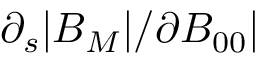
\partial _ { s } | B _ { M } | / \partial B _ { 0 0 } |